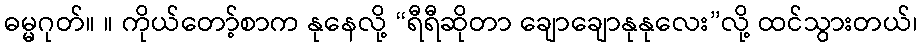
ဓမ္မဂုတ်။ ။ ကိုယ်တော့်စာက နုနေလို့ “ရီရီဆိုတာ ချောချောနုနုလေး”လို့ ထင်သွားတယ်၊